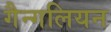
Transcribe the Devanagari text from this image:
गैन्गलियन